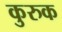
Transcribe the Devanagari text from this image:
कुरुक